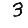
Digit: 3